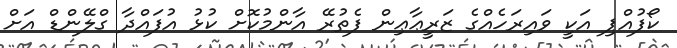
ކޯފުއްޕި އަކީ ވައިރަހެއްގެ ޒަރީޢާޢިން ފެތުރޭ އާންމުކޮށް ކުޅު އުފައްދާ ގްލޭންޑް އަށް